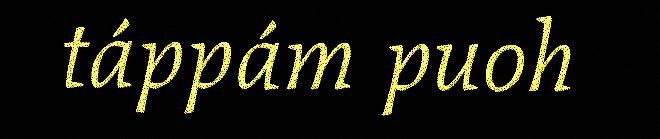
táppám puoh